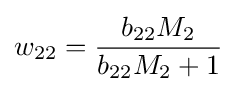
w_{22}={\frac {b_{22}M_{2}}{b_{22}M_{2}+1}}